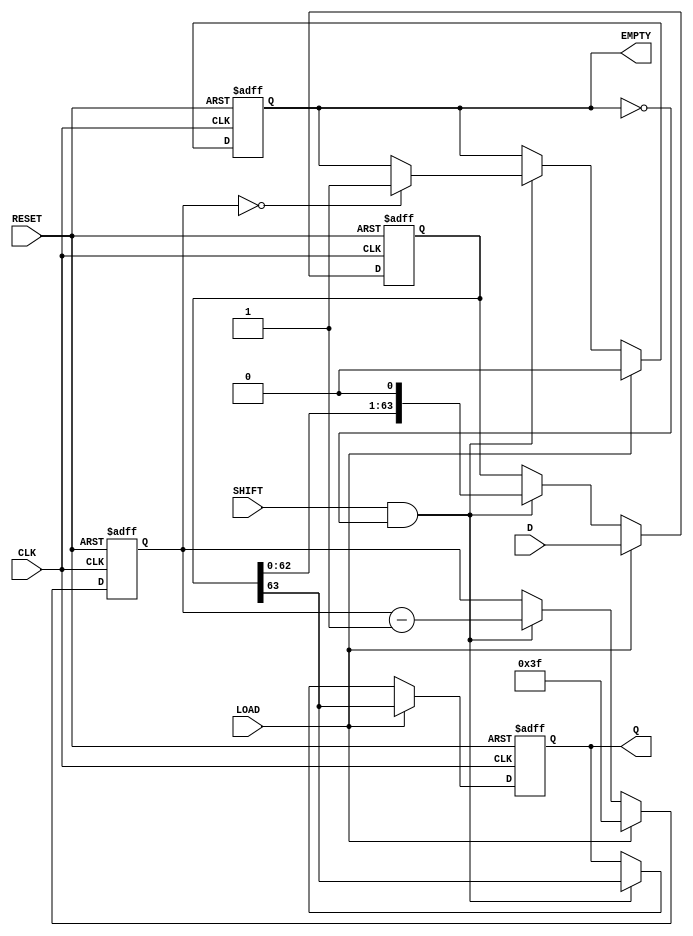
module PISO_64bit (
    input  wire [63:0] D,      // 64-bit data input
    input  wire LOAD,          // Load control signal
    input  wire CLK,           // Clock signal
    input  wire SHIFT,         // Shift control signal
    input  wire RESET,         // Asynchronous reset signal
    output reg  Q,             // Serial output
    output reg  EMPTY          // Empty status signal
);

    reg [63:0] shift_reg;      // 64-bit shift register
    reg [5:0] count;           // Bit counter for shifting

    // Asynchronous reset and loading mechanism
    always @(posedge CLK or posedge RESET) begin
        if (RESET) begin
            shift_reg <= 64'b0;  // Clear the register
            count <= 6'd0;       // Reset the counter
            Q <= 1'b0;           // Clear the serial output
            EMPTY <= 1'b1;       // Register is empty
        end else if (LOAD) begin
            shift_reg <= D;      // Load data into the register
            count <= 6'd63;      // Set count to 63 (indicating full)
            Q <= shift_reg[63];  // Output MSB
            EMPTY <= 1'b0;       // Register is not empty
        end else if (SHIFT && !EMPTY) begin
            Q <= shift_reg[63];  // Output MSB
            shift_reg <= {shift_reg[62:0], 1'b0}; // Shift left
            count <= count - 1;  // Decrement count
            if (count == 6'd0) begin
                EMPTY <= 1'b1;   // Register is empty after last shift
            end
        end
    end

endmodule